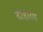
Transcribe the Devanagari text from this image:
दाहारण